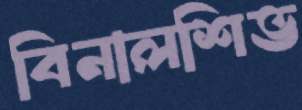
বিনালশিভ